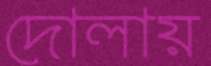
দোলায়